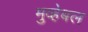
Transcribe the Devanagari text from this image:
मुव्हेबल